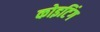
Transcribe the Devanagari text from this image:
कोइटिंग